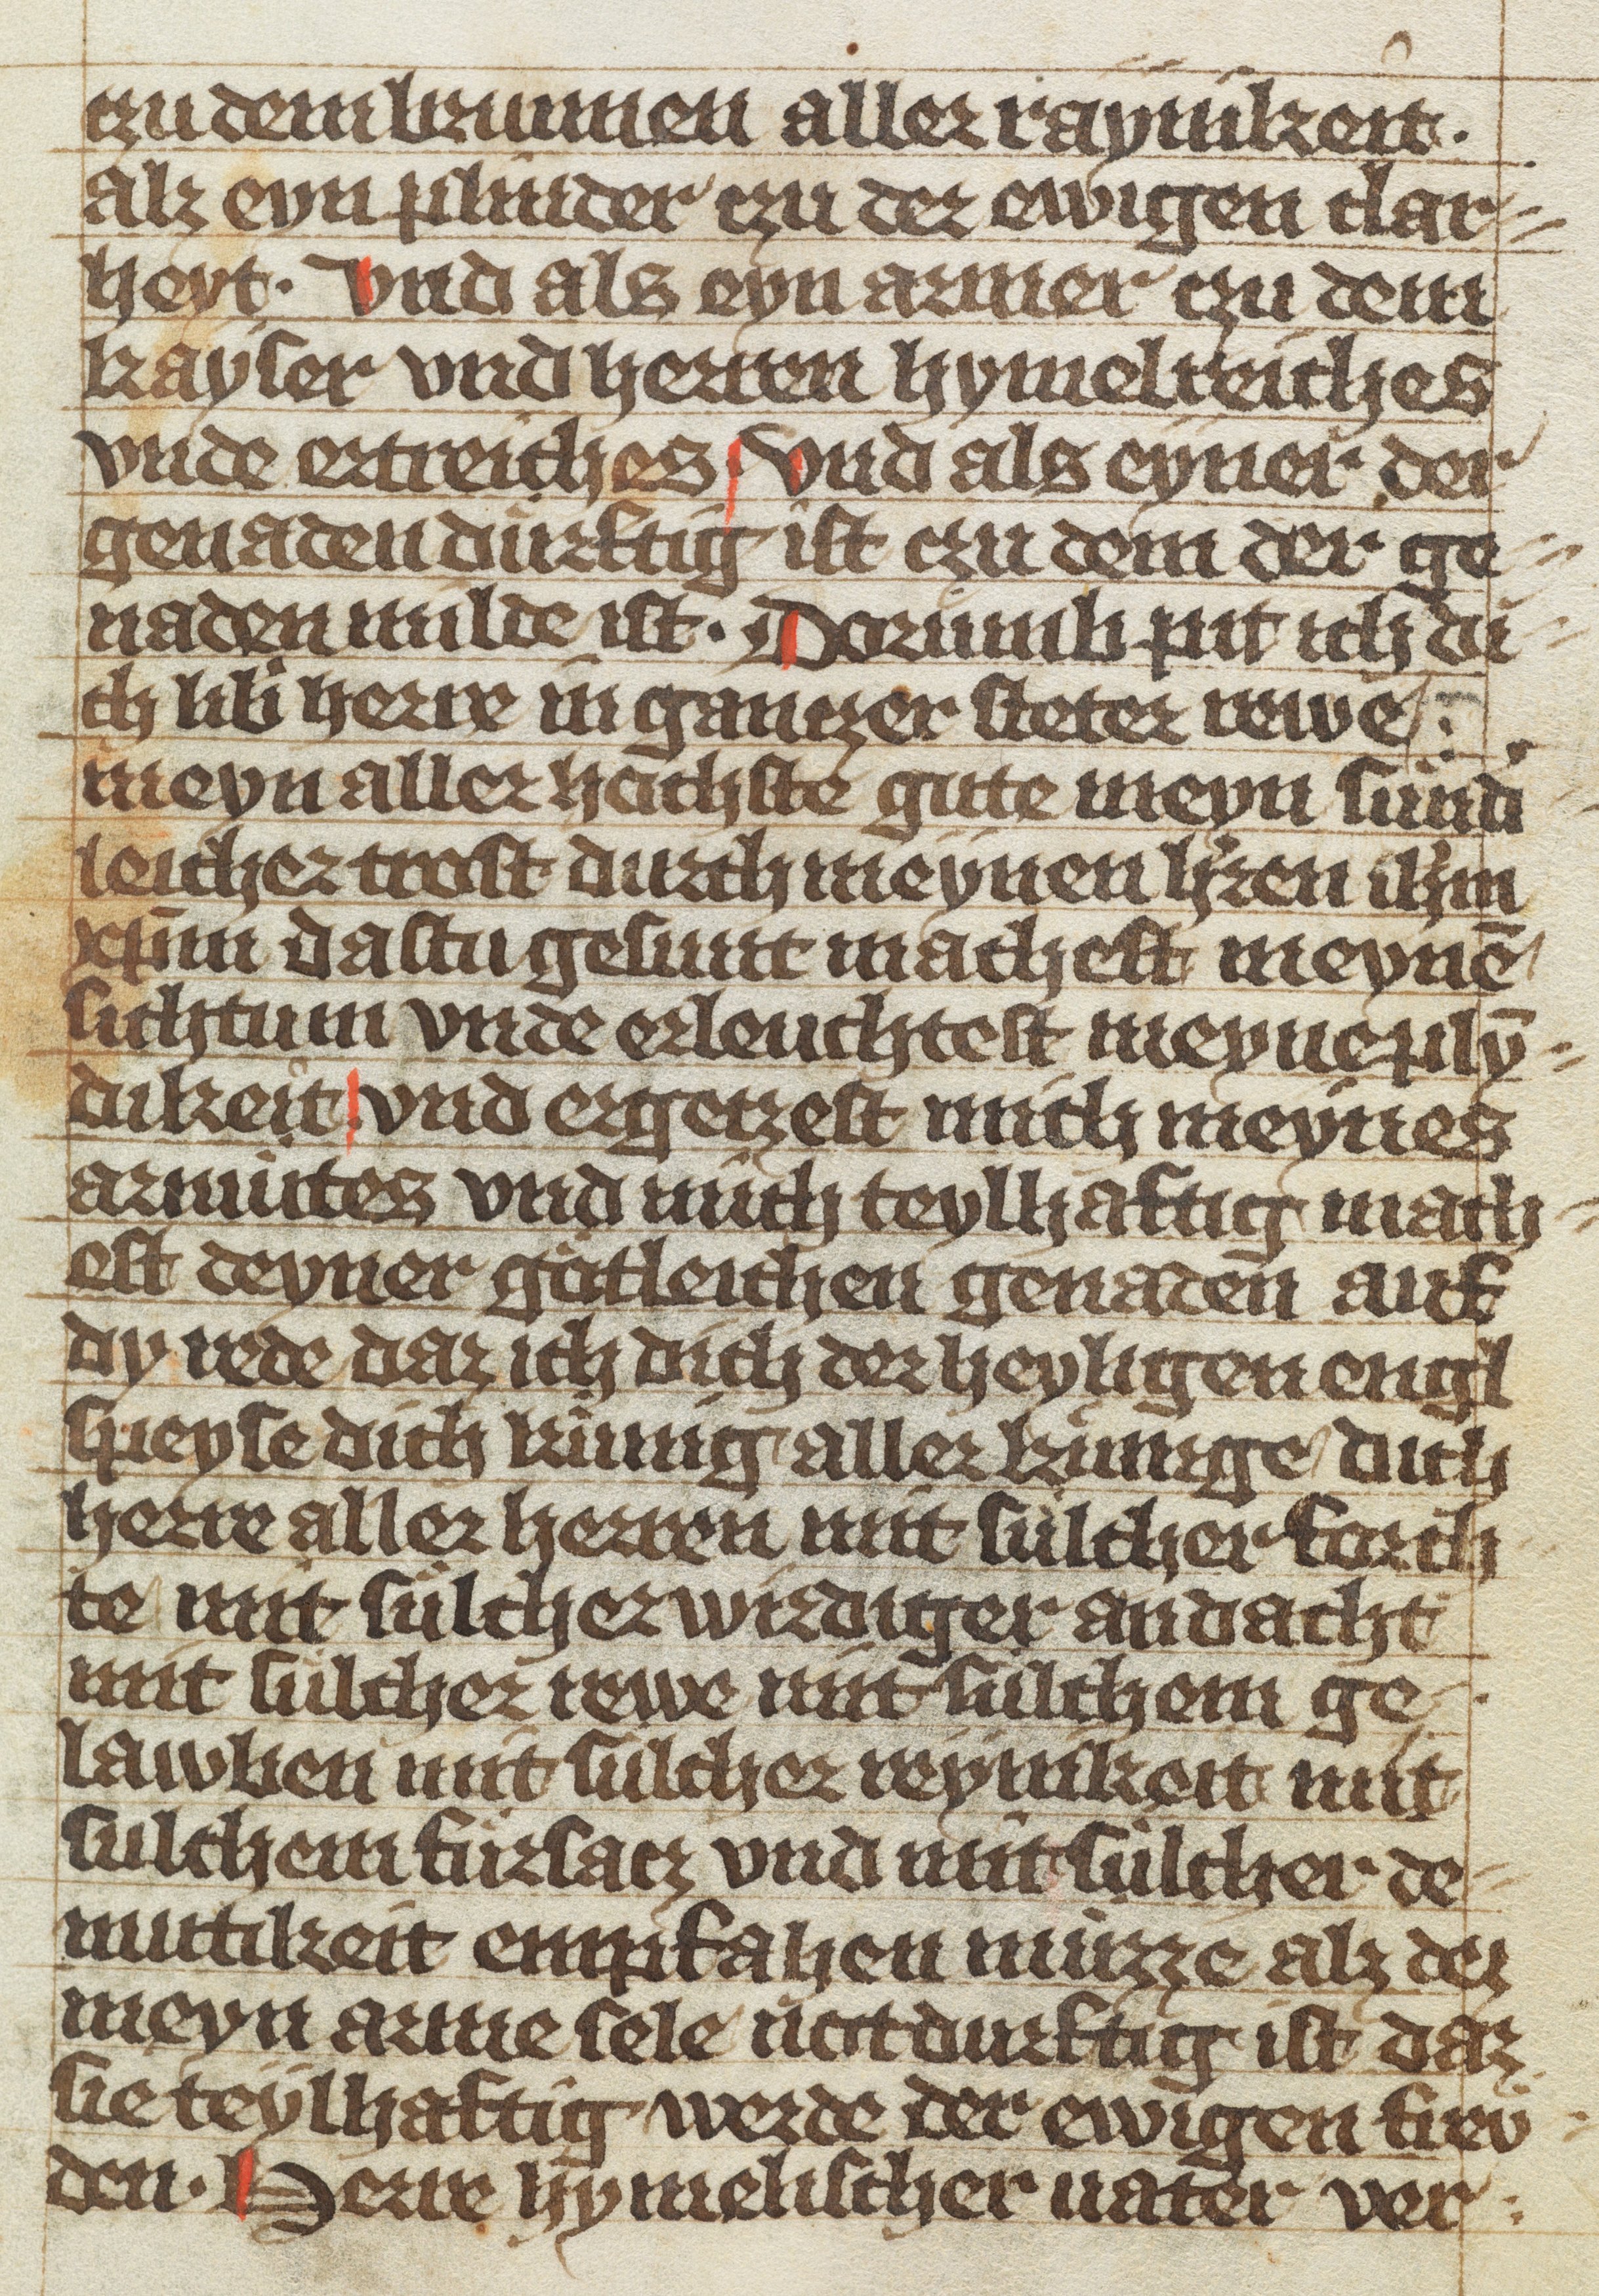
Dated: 1370–1449